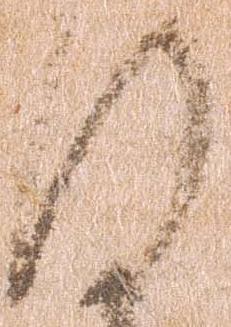
謹